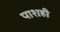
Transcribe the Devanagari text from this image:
पाशही